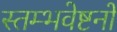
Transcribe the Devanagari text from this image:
स्तम्भवेष्टनों